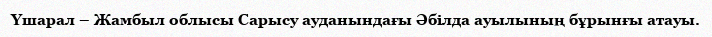
Үшарал – Жамбыл облысы Сарысу ауданындағы Әбілда ауылының бұрынғы атауы.